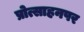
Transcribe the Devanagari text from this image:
प्रोत्साहनपर